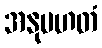
အနုပဟတံ